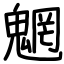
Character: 魍